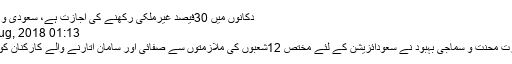
دکانوں میں 30فیصد غیرملکی رکھنے کی اجازت ہے، سعودی و زارت محنت
01:13 PM, 11 Aug, 2018
ریاض : وزارت محنت و سماجی بہبود نے سعودائزیشن کے لئے مختص 12شعبوں کی ملازمتوں سے صفائی اور سامان اتارنے والے کارکنان کو استثنیٰ دیدیا۔